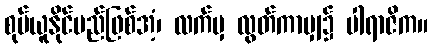
စုပ်ယူနိုင်မည်ဖြစ်အံ့၊ လက်မှ လွတ်ကာမျှ၌ ပါရာဇိက။